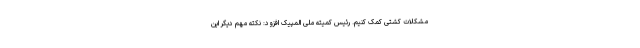
مشکلات کشتی کمک کنیم. رئیس کمیته ملی المپیک افزود: نکته مهم دیگر این